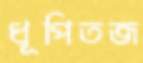
ধূপিতজ